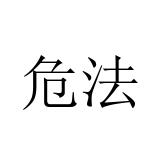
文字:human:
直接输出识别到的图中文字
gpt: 危法